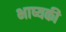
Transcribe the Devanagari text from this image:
भाष्यकी